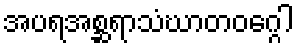
အပရအစ္ဆရာသံဃာတဝဂ္ဂေါ